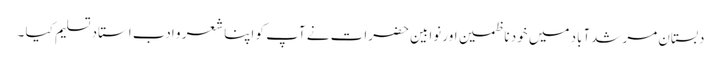
دبستان مرشدآباد میں خود ناظمین اور نوابین حضرات نے آپ کو اپنا شعر و ادب استاد تسلیم کیا ۔